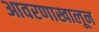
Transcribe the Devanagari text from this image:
आवरणाखालून